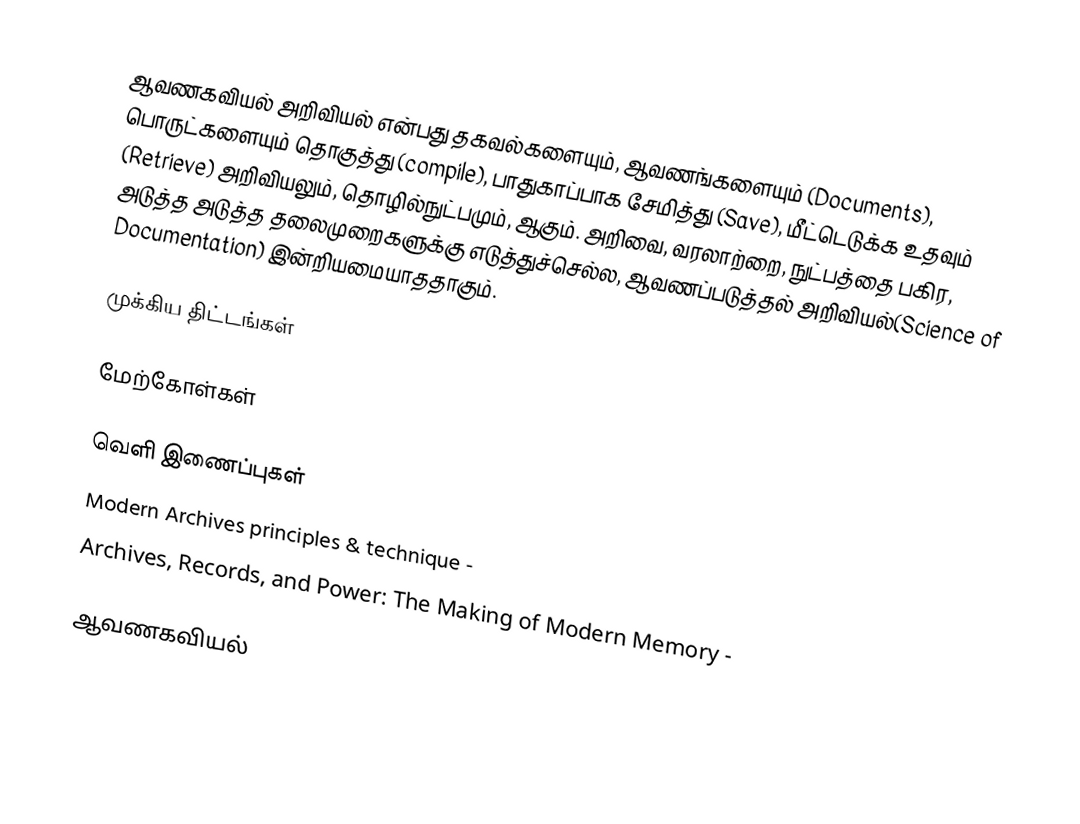
ஆவணகவியல் அறிவியல் என்பது தகவல்களையும், ஆவணங்களையும் (Documents), பொருட்களையும் தொகுத்து (compile), பாதுகாப்பாக சேமித்து (Save), மீட்டெடுக்க உதவும் (Retrieve) அறிவியலும், தொழில்நுட்பமும், ஆகும்.  அறிவை, வரலாற்றை, நுட்பத்தை பகிர, அடுத்த அடுத்த தலைமுறைகளுக்கு எடுத்துச்செல்ல, ஆவணப்படுத்தல் அறிவியல்(Science of Documentation) இன்றியமையாததாகும்.

முக்கிய திட்டங்கள்

மேற்கோள்கள்

வெளி இணைப்புகள்
 Modern Archives principles & technique -
 Archives, Records, and Power: The Making of Modern Memory -

ஆவணகவியல்